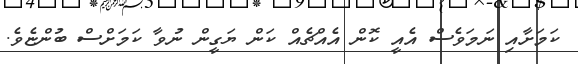
ކަމަށާއި ނަމަވެސް އެއީ ކޮން އެއްޗެއް ކަން ޔަގީން ނުވާ ކަމަށްސް ބުންޏެވެ.